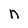
Character: n